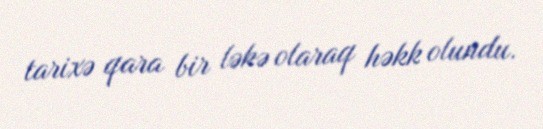
tarixə qara bir ləkə olaraq həkk olundu.